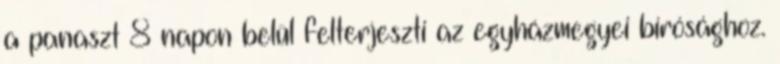
a panaszt 8 napon belül felterjeszti az egyházmegyei bírósághoz.